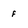
Character: f